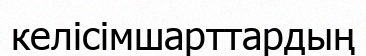
келісімшарттардың